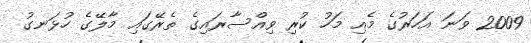
2009 ވަނަ އަހަރުގެ މެއި މަހު ކުރި ވިއްސާރައިގެ ތެރޭގައި މާލޭގެ ހުޅަނގު